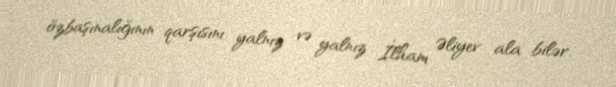
özbaşınalığının qarşısını yalnız və yalnız İlham Əliyev ala bilər.